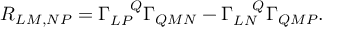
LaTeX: R _ { L M , N P } = \Gamma _ { L P } ^ { ~ ~ ~ Q } \Gamma _ { Q M N } - \Gamma _ { L N } ^ { ~ ~ ~ Q } \Gamma _ { Q M P } .